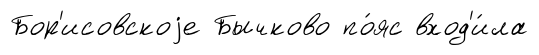
Бор'исовскоjе Бычково по́яс вход'и́ла